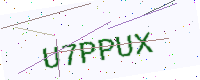
Text: U7PPUX